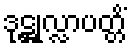
ဒုဋ္ဌုလ္လာပတ္တိံ